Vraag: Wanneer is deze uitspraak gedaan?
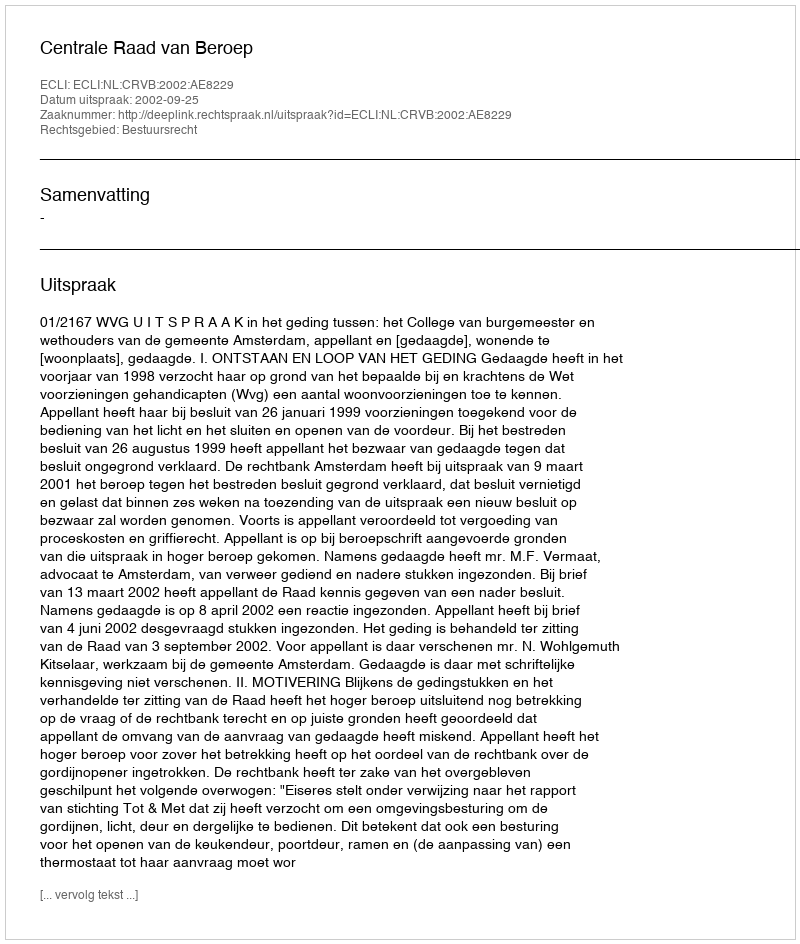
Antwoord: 2002-09-25